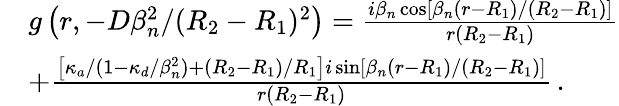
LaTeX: \begin{array}{rl}&{g\left(r,-D\beta_{n}^{2}/(R_{2}-R_{1})^{2}\right)=\frac{i\beta_{n}\cos\left[\beta_{n}(r-R_{1})/(R_{2}-R_{1})\right]}{r(R_{2}-R_{1})}}\\ &{+\frac{\left[\kappa_{a}/(1-\kappa_{d}/\beta_{n}^{2})+(R_{2}-R_{1})/R_{1}\right]i\sin\left[\beta_{n}(r-R_{1})/(R_{2}-R_{1})\right]}{r(R_{2}-R_{1})}\, .}\end{array}